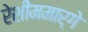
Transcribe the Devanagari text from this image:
रेशीममार्गे